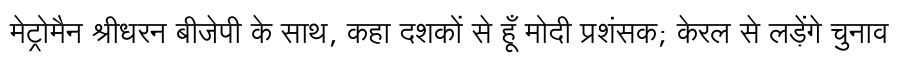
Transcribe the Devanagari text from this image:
मेट्रोमैन श्रीधरन बीजेपी के साथ, कहा दशकों से हूँ मोदी प्रशंसक; केरल से लड़ेंगे चुनाव